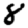
Digit: 8